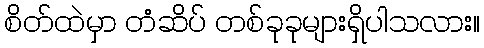
စိတ်ထဲမှာ တံဆိပ် တစ်ခုခုများရှိပါသလား။